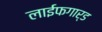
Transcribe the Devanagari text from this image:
लाईफगार्ड